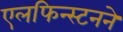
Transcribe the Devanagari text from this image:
एलफिन्स्टनने